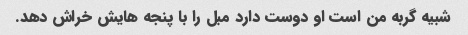
شبیه گربه من است او دوست دارد مبل را با پنجه هایش خراش دهد.